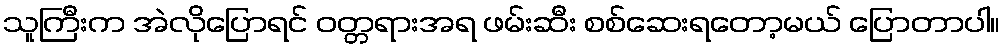
သူကြီးက အဲလိုပြောရင် ဝတ္တရားအရ ဖမ်းဆီး စစ်ဆေးရတော့မယ် ပြောတာပါ။